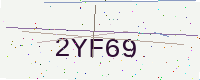
Text: 2YF69